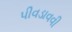
પીવડાવવી